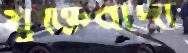
যুক্তিবাদী